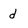
Character: d